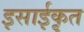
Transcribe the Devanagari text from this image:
इसाईकृत